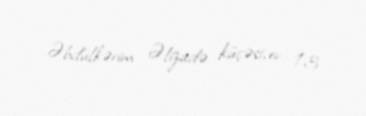
Əbdülkərim Əlizadə küçəsi, ev 13